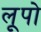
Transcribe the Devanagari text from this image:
लूपो